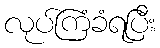
လုပ်ကြံခံရပြီး